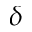
\delta